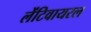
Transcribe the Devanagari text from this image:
लेंटिवायरल